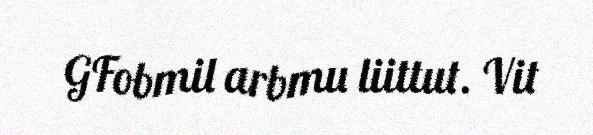
GFobmil arbmu liittut. Vit